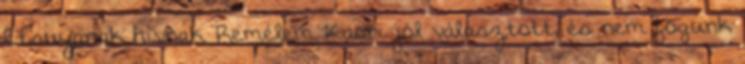
Etsuyanak hívnak. Remélem Kaori jól választott, és nem fogunk